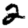
Digit: 2